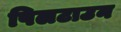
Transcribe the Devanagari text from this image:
पिलटाउन